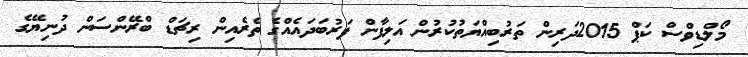
މޯލްޑިވްސް ކަޕް 2015ދަރިން ތަރުބިއްޔަތުކުރުން އަލިފާން ފަރުބަދައެއްގެ ތެރެއިން ރިޗަޑް ބްރޭންސަން ދުނިޔޭގެ